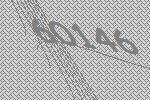
60146